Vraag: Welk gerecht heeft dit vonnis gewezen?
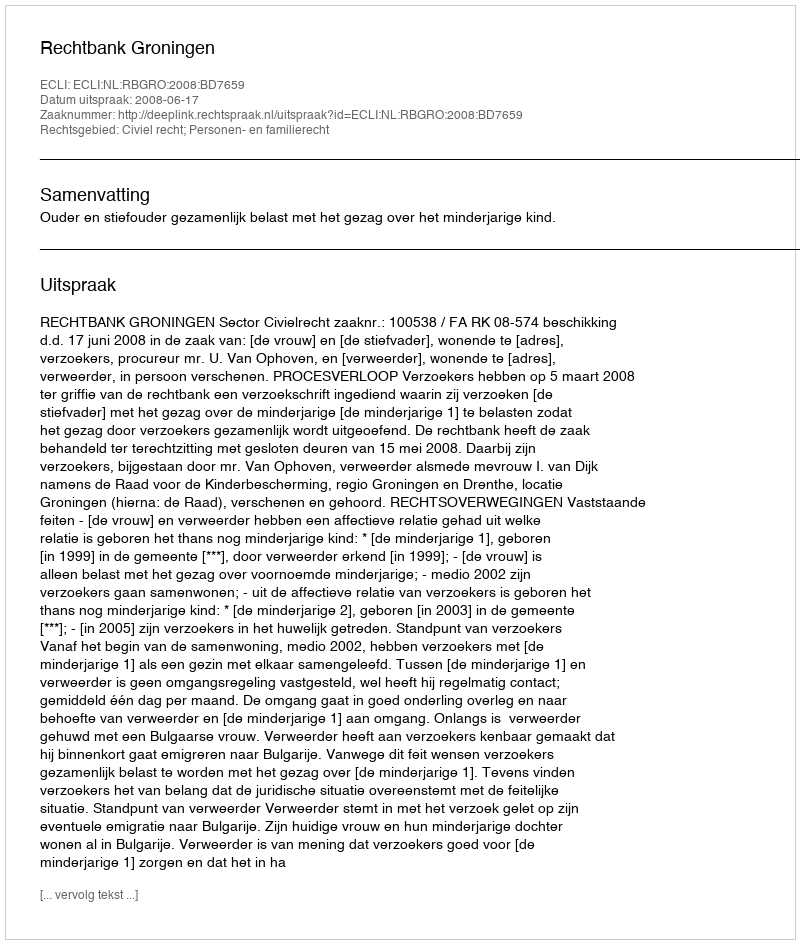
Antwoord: Rechtbank Groningen